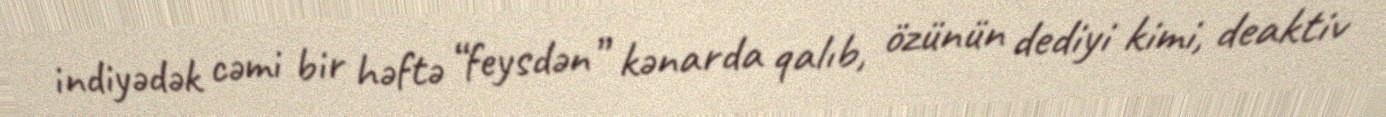
indiyədək cəmi bir həftə “feysdən” kənarda qalıb, özünün dediyi kimi, deaktiv